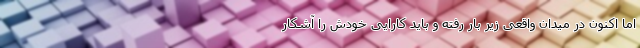
اما اکنون در میدان واقعی زیر بار رفته و باید کارایی خودش را آشکار